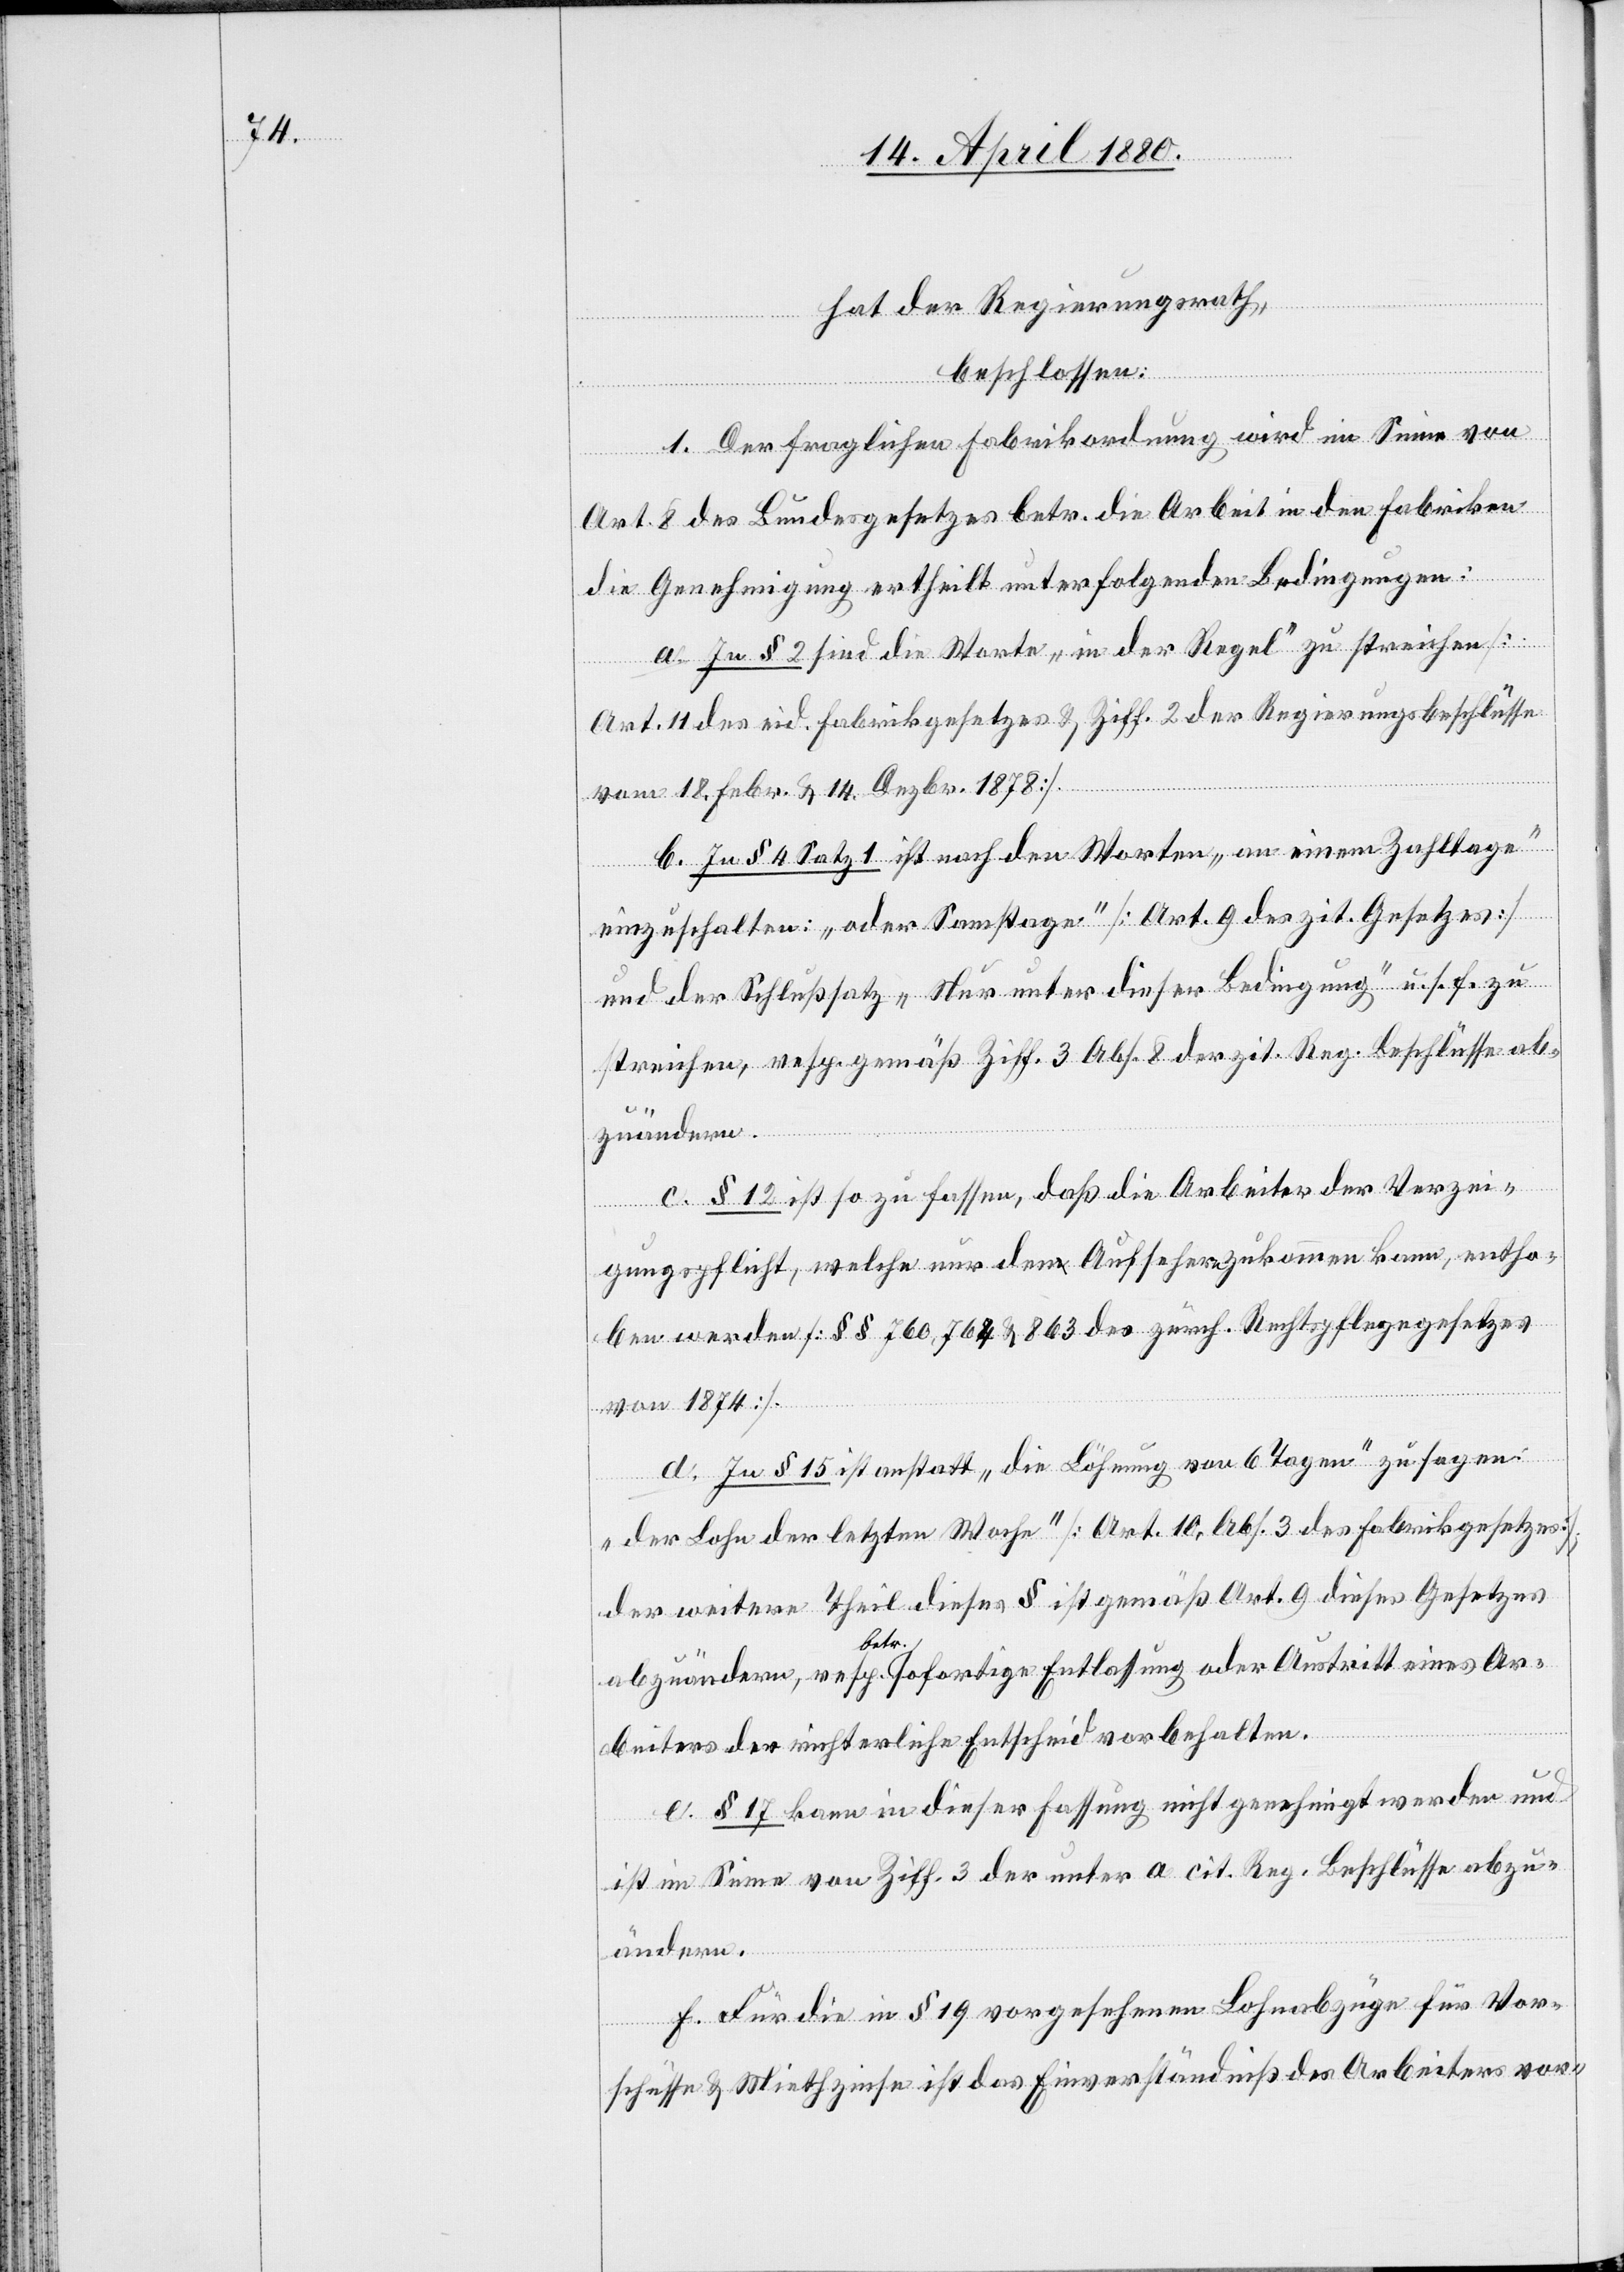
hat der Regierungsrath,
beschlossen:
1. Der fraglichen Fabrikordnung wird im Sinne von
Art. 8 des Bundesgesetzes betr. die Arbeit in den Fabriken
die Genehmigung ertheilt unter folgenden Bedingungen:
a. In § 2 sind die Worte „in der Regel“ zu streichen
[Art. 11 des eid. Fabrikgesetzes & Ziff. 2 der Regierungsbeschlüsse
vom 18. Febr. & 14. Dezbr. 1878].
b. In § 4 Satz 1 ist nach den Worten „an einem Zahltage“
einzuschalten: „oder Samstage“ [Art. 9 des zit. Gesetzes]
und der Schlußsatz „Nur unter dieser Bedingung“ u. s. f. zu
streichen, resp. gemäß Ziff 3 Abs. 8 der zit. Reg. Beschlüsse ab¬
zuändern.
c. § 12 ist zufassen, daß die Arbeiter der Verzei¬
gungspflicht, welche nur den Aufsehern zukommen kann, entho¬
ben werden [§§ 760, 764 & 863 des zürch. Rechtspflegegesetzes
von 1874].
d. In § 15 ist anstatt „die Löhnung von 6 Tagen“ zu sagen
„der Lohn der letzten Woche“ [Art. 10, Abs. 3 des Fabrikgesetzes];
der weitere Theil dieses § ist gemäß Art. 9 dieses Gesetzes
abzuändern, resp. betr. sofortige Entlassung oder Austritt eines Ar¬
beiters der richterliche Entscheid vorbehalten.
e. § 17 kann in dieser Fassung nicht genehmigt werden und
ist im Sinne von Ziff. 3 der unter a cit. Reg. Beschlüsse abzu¬
ändern.
f. Für die in § 19 vorgesehenen Lohnabzüge für Vor¬
schüsse & Miethzinse ist das Einverständniß des Arbeiters vor-